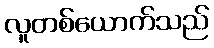
လူတစ်ယောက်သည်